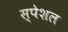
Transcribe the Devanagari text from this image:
स्‍पेशल